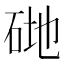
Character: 𥒦